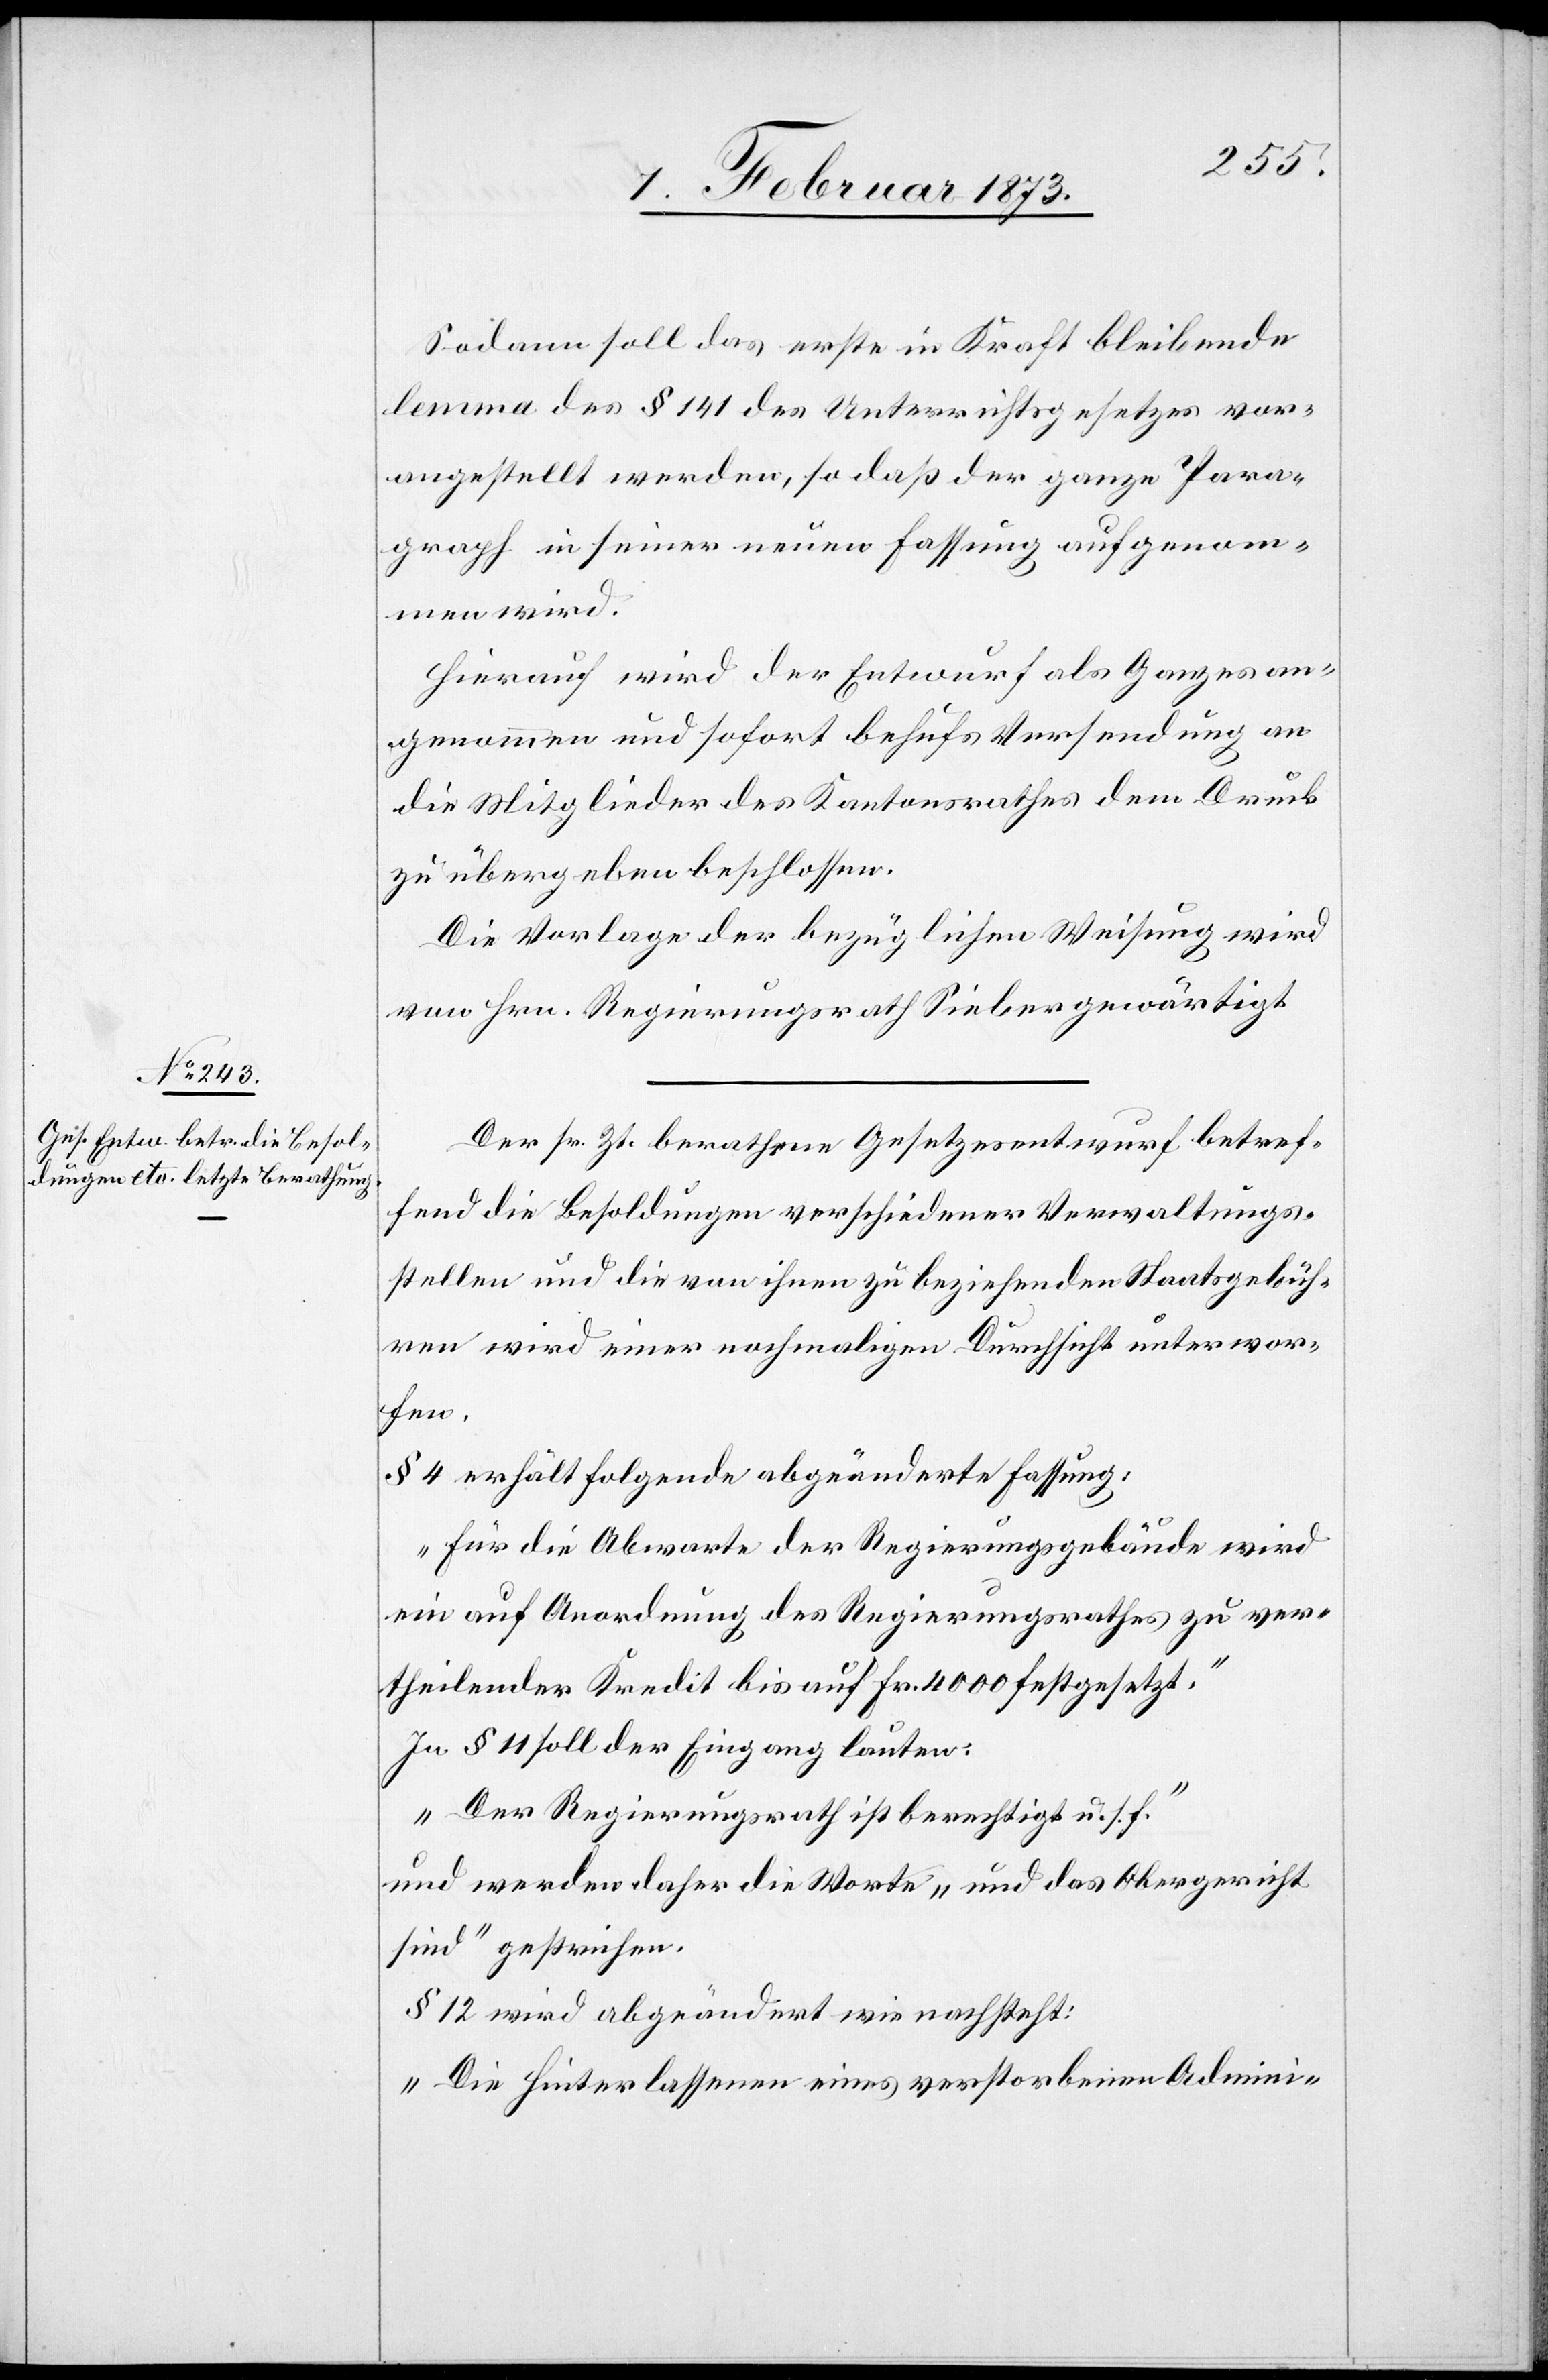
Sodann soll das erste in Kraft bleibende
Lemma des § 141 des Unterrichtsgesetzes vor¬
angestellt werden, so daß der ganze Para¬
graph in seiner neuen Fassung aufgenom¬
men wird.
Hierauf wird der Entwurf als Ganzes an¬
genommen und sofort behufs Versendung an
die Mitglieder des Kantonsrathes dem Druck
zu übergeben beschlossen.
Die Vorlage der bezüglichen Weisung wird
von Hrn. Regierungsrath Sieber gewärtigt.
Der sr. Zt. berathene Gesetzesentwurf betref¬
fend die Besoldungen verschiedener Verwaltungs¬
stellen und die von ihnen zu beziehenden Staatsgebüh¬
ren wird einer nochmaligen Durchsicht unterwor¬
fen.
§ 4 erhält folgende abgeänderte Fassung:
„für die Abwarte der Regierungsgebäude wird
ein auf Anordnung des Regierungsrathes zu ver¬
theilender Kredit bis auf Fr. 4000 festgesetzt.“
In § 11 soll der Eingang lauten:
„Der Regierungsrath ist berechtigt u. s. f.“
und werden daher die Worte „und das Obergericht
sind“ gestrichen.
§ 12 wird abgeändert wie nachsteht:
„Die Hinterlassenen eines verstorbenen Admini-